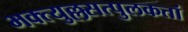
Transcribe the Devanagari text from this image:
भक्त्युल्लसत्पुलकतां